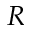
R